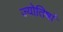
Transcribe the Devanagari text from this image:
ज्योतिषां